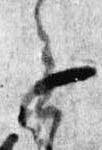
会